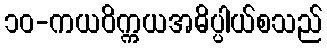
၁၀-ကယဝိက္ကယအဓိပ္ပါယ်စသည်